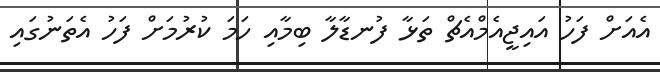
އެއަށް ފަހު އައިޖީއެމްްއެޗް ތަޅާ ފުނޑާލާ ބިމާއި ހަމަ ކުރުމަށް ފަހު އެތަނުގައި